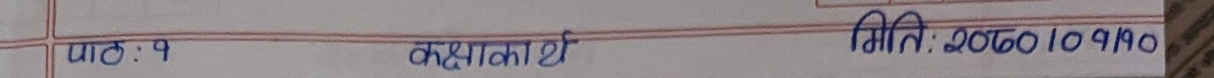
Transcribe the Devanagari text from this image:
पाठ : १ कक्षाकार्य मिति: २०८०।०९।१०